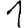
Digit: 1